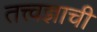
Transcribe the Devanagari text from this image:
तत्त्वज्ञाची